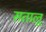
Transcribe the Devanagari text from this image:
सतालू